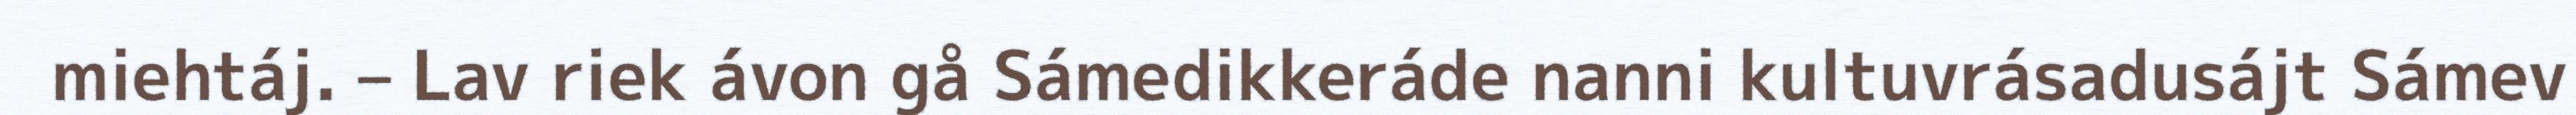
miehtáj. – Lav riek ávon gå Sámedikkeráde nanni kultuvrásadusájt Sámev